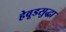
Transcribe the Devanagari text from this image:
हेवूडसुद्धा